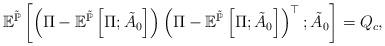
LaTeX: \begin{align*}\mathbb{E}^{\tilde{\mathbb{P}}}\left[\left(\Pi-\mathbb{E}^{\tilde{\mathbb{P}}}\left[\Pi;\tilde{A}_{0}\right]\right)\left(\Pi-\mathbb{E}^{\tilde{\mathbb{P}}}\left[\Pi;\tilde{A}_{0}\right]\right)^{\top};\tilde{A}_{0}\right]=Q_{c},\end{align*}